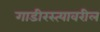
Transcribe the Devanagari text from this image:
गाडीरस्त्यावरील